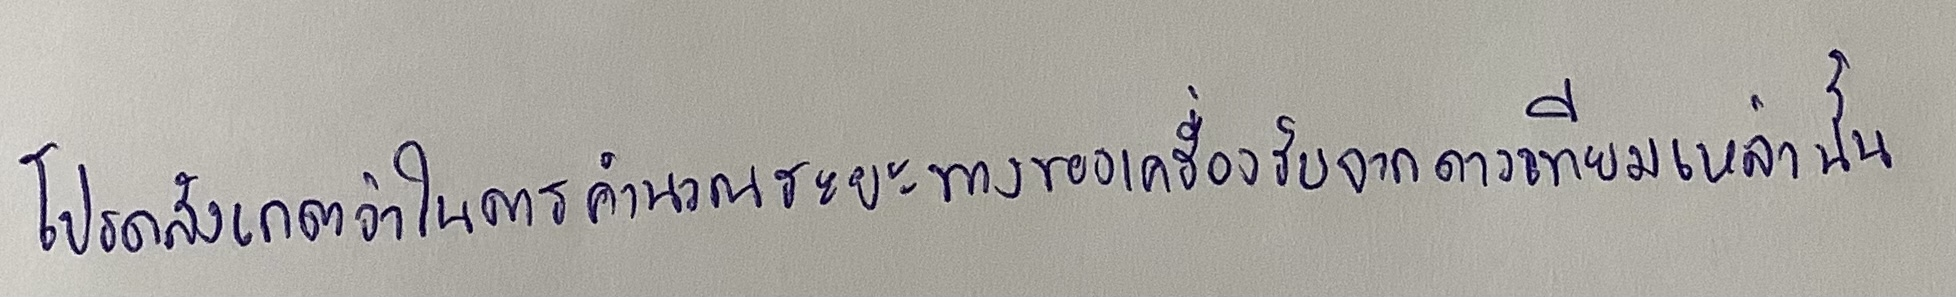
โปรดสังเกตว่าในการคำนวณระยะทางของเครื่องรับจากดาวเทียมเหล่านั้น